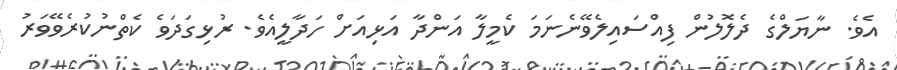
އެވެ. ނާޔަލްގެ ދެލޮލުން ފިއްސައިލެވޭނެނަމަ ކެމީލާ އަންދާ އަޅިއަށް ހަދާލީއެވެ. ރުޅިގަދަވެ ކެތްނުކުރެވޭވަރު